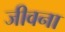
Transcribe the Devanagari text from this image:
जीवना